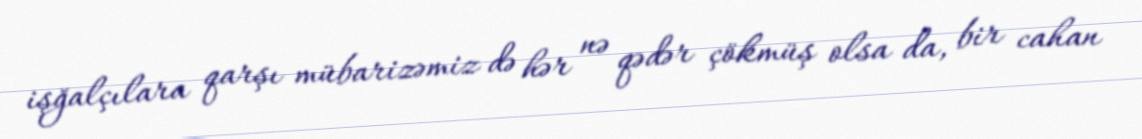
işğalçılara qarşı mübarizəmiz də hər nə qədər çökmüş olsa da, bir cahan